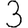
Digit: 3